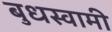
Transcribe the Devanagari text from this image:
बुधस्वामी